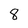
Character: 8